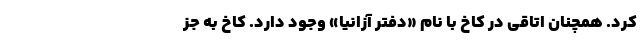
کرد. همچنان اتاقی در کاخ با نام «دفتر آزانیا» وجود دارد. کاخ به جز